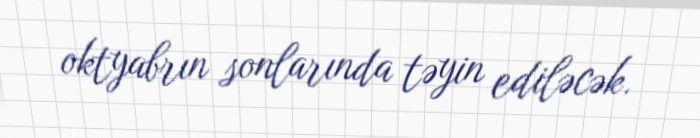
oktyabrın sonlarında təyin ediləcək.